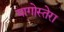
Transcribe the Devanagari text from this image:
यागोस्तेरा